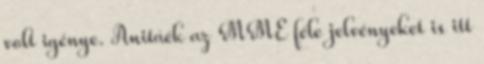
volt igénye. Anitáék az MME féle jelvényeket is itt